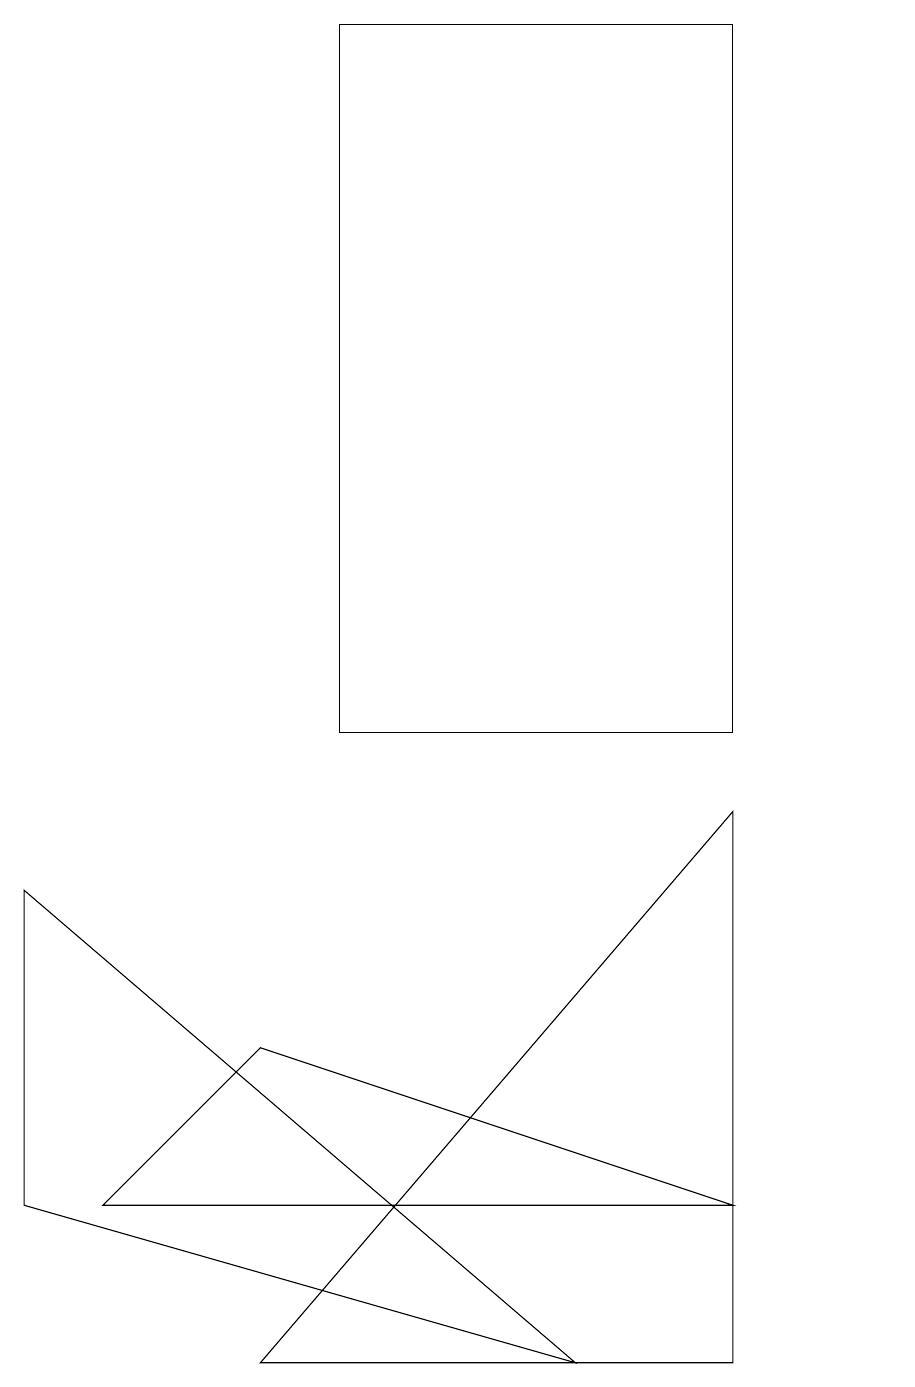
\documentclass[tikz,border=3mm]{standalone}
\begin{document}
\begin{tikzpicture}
\draw (3,2) -- (9,2) -- (9,9) -- cycle;
\draw (0,4) -- (7,2) -- (0,8) -- cycle;
\draw (11,11) circle (0);
\draw (4,11) rectangle (4,13);
\draw (9,4) -- (3,6) -- (1,4) -- cycle;
\draw (9,10) rectangle (4,19);
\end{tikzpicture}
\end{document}